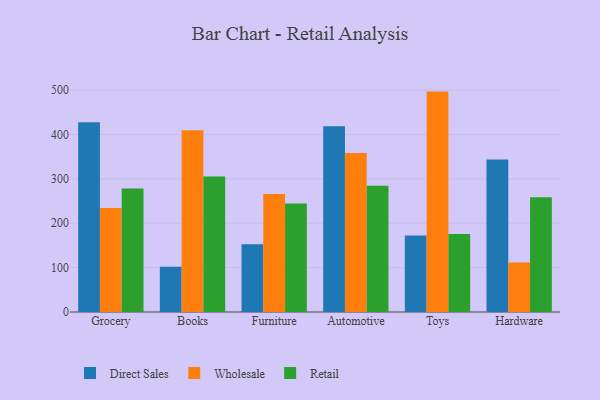
{"axis": {"x": "Category", "y": "Energy Usage (MWh)"}, "legend": ["Direct Sales", "Retail", "Wholesale"], "data": [{"x": "Grocery", "y": 427.8, "type": "Direct Sales"}, {"x": "Grocery", "y": 234.2, "type": "Wholesale"}, {"x": "Grocery", "y": 278.3, "type": "Retail"}, {"x": "Books", "y": 101.8, "type": "Direct Sales"}, {"x": "Books", "y": 409.7, "type": "Wholesale"}, {"x": "Books", "y": 305.2, "type": "Retail"}, {"x": "Furniture", "y": 152.7, "type": "Direct Sales"}, {"x": "Furniture", "y": 265.8, "type": "Wholesale"}, {"x": "Furniture", "y": 244.7, "type": "Retail"}, {"x": "Automotive", "y": 418.8, "type": "Direct Sales"}, {"x": "Automotive", "y": 358.5, "type": "Wholesale"}, {"x": "Automotive", "y": 284.5, "type": "Retail"}, {"x": "Toys", "y": 172.3, "type": "Direct Sales"}, {"x": "Toys", "y": 496.6, "type": "Wholesale"}, {"x": "Toys", "y": 175.9, "type": "Retail"}, {"x": "Hardware", "y": 343.4, "type": "Direct Sales"}, {"x": "Hardware", "y": 111.6, "type": "Wholesale"}, {"x": "Hardware", "y": 258.7, "type": "Retail"}]}